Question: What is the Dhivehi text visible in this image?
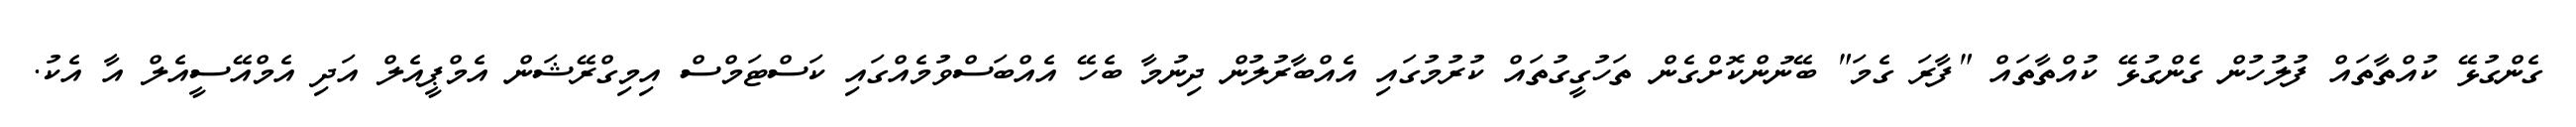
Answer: ގެންގުޅޭ ކުއްތާތައް ފުލުހުން ގެންގުޅޭ ކުއްތާތައް "ފާރަ ގެމަ" ބޭނުންކޮށްގެން ތަހުގީގުތައް ކުރުމުގައި އެއްބާރުލުން ދިނުމާ ބެހޭ އެއްބަސްވުމެއްގައި ކަސްޓަމްސް އިމިގްރޭޝަން އެމްޕީއެލް އަދި އެމްއޭސީއެލް އާ އެކު.